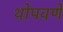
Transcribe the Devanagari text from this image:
थोपवणे